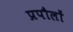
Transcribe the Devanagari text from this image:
प्रपौलों